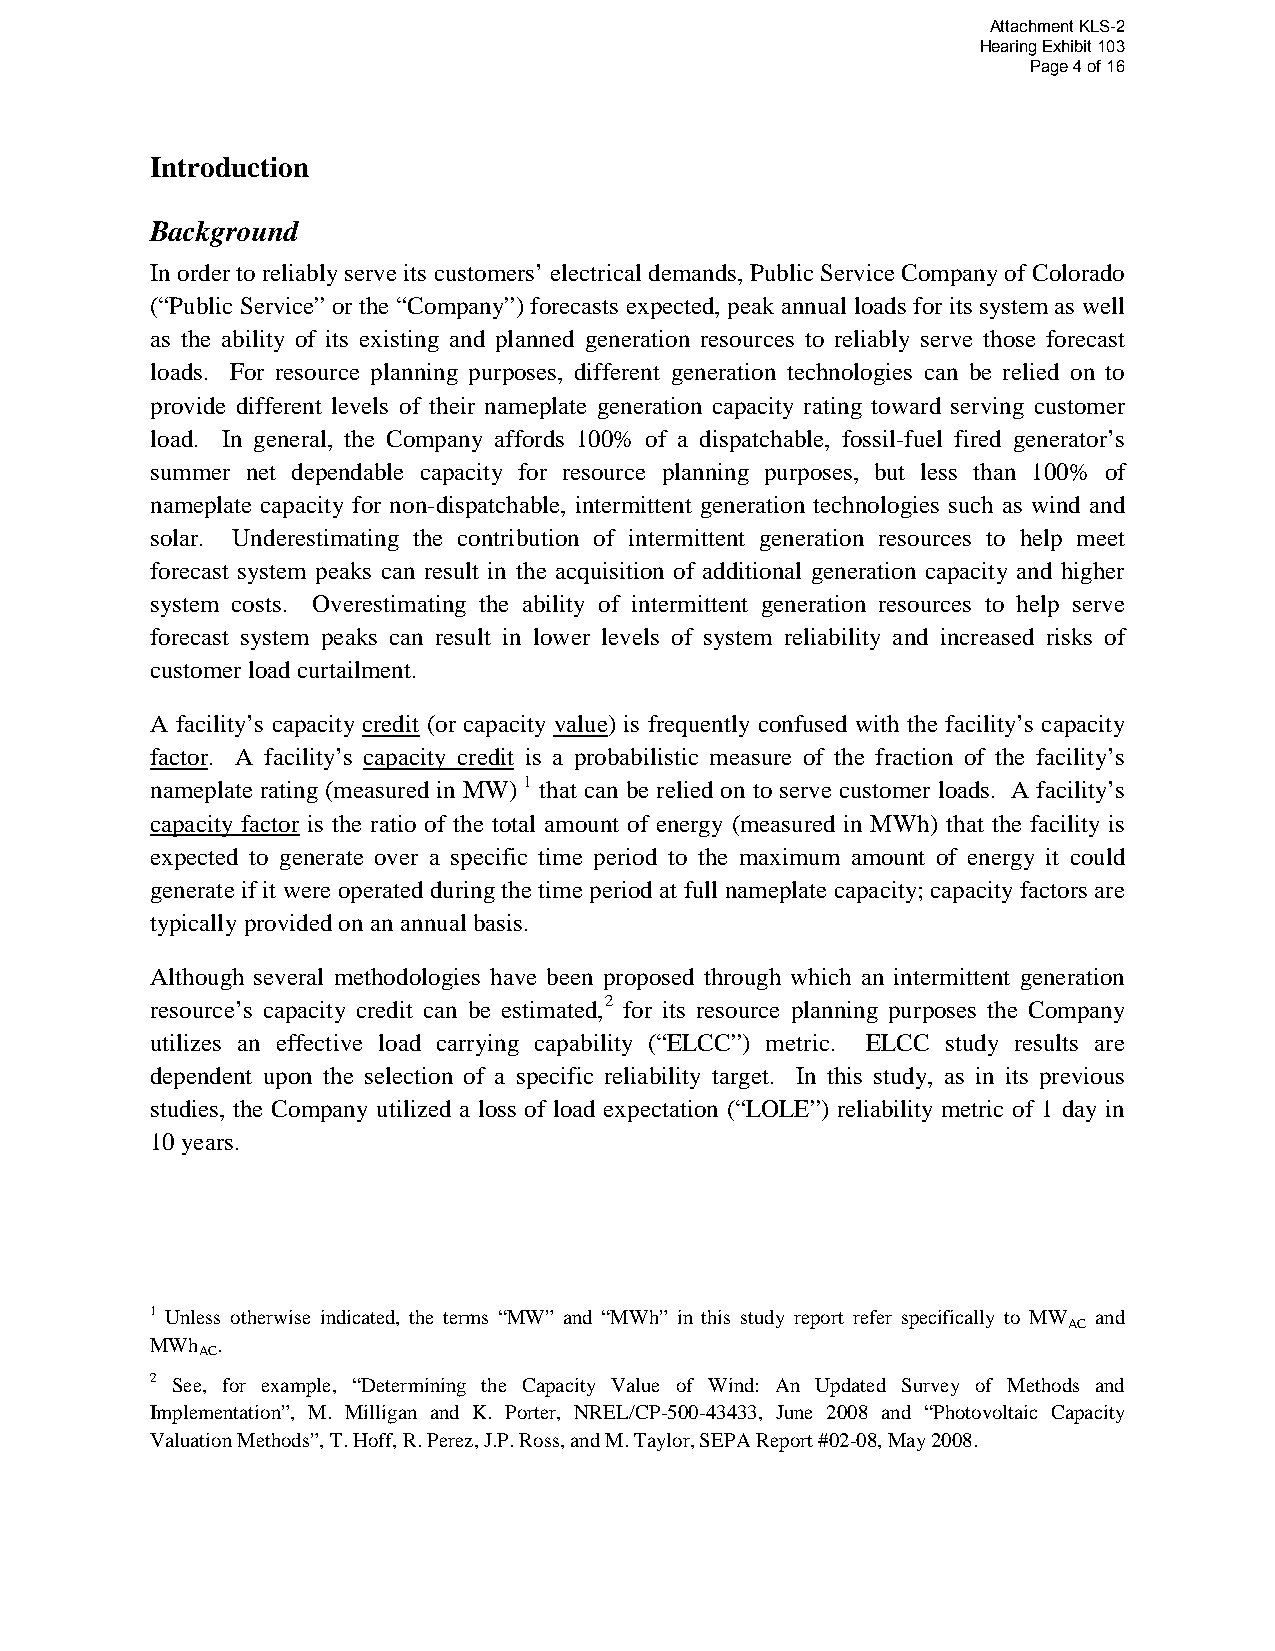
Attachment KLS-2
 Hearing Exhibit 103
 Page 4 of 16
 Introduction
 Background
 In order to reliably serve its customers’ electrical demands, Public Service Company of Colorado
 (“Public Service” or the “Company”) forecasts expected, peak annual loads for its system as well
 as the ability of its existing and planned generation resources to reliably serve those forecast
 loads. For resource planning purposes, different generation technologies can be relied on to
 provide different levels of their nameplate generation capacity rating toward serving customer
 load. In general, the Company affords 100% of a dispatchable, fossil-fuel fired generator’s
 summer net dependable capacity for resource planning purposes, but less than 100% of
 nameplate capacity for non-dispatchable, intermittent generation technologies such as wind and
 solar. Underestimating the contribution of intermittent generation resources to help meet
 forecast system peaks can result in the acquisition of additional generation capacity and higher
 system costs. Overestimating the ability of intermittent generation resources to help serve
 forecast system peaks can result in lower levels of system reliability and increased risks of
 customer load curtailment.
 A facility’s capacity credit (or capacity value) is frequently confused with the facility’s capacity
 factor. A facility’s capacity credit is a probabilistic measure of the fraction of the facility’s
 nameplate rating (measured in MW) 1 that can be relied on to serve customer loads. A facility’s
 capacity factor is the ratio of the total amount of energy (measured in MWh) that the facility is
 expected to generate over a specific time period to the maximum amount of energy it could
 generate if it were operated during the time period at full nameplate capacity; capacity factors are
 typically provided on an annual basis.
 Although several methodologies have been proposed through which an intermittent generation
 resource’s capacity credit can be estimated,2 for its resource planning purposes the Company
 utilizes an effective load carrying capability (“ELCC”) metric. ELCC study results are
 dependent upon the selection of a specific reliability target. In this study, as in its previous
 studies, the Company utilized a loss of load expectation (“LOLE”) reliability metric of 1 day in
 10 years.
 1 Unless otherwise indicated, the terms “MW” and “MWh” in this study report refer specifically to MW and
 AC
 MWh .
 AC
 2 See, for example, “Determining the Capacity Value of Wind: An Updated Survey of Methods and
 Implementation”, M. Milligan and K. Porter, NREL/CP-500-43433, June 2008 and “Photovoltaic Capacity
 Valuation Methods”, T. Hoff, R. Perez, J.P. Ross, and M. Taylor, SEPA Report #02-08, May 2008.